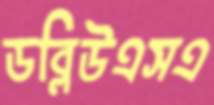
ডব্লিউএসএ